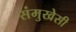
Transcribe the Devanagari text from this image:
संमुखेसी